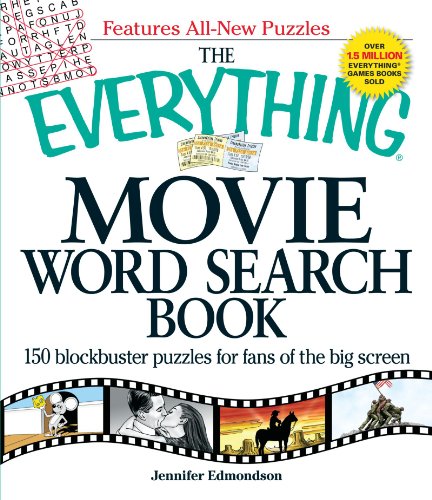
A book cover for The Everything Movie Word Search Book: 150 Blockbuster Puzzles for Fans of the Big Screen; Jennifer Edmondson; Humor & Entertainment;